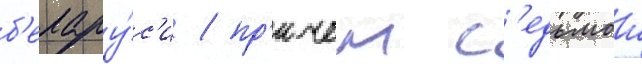
б'елару́с'и / пр'ичем с'едьмои